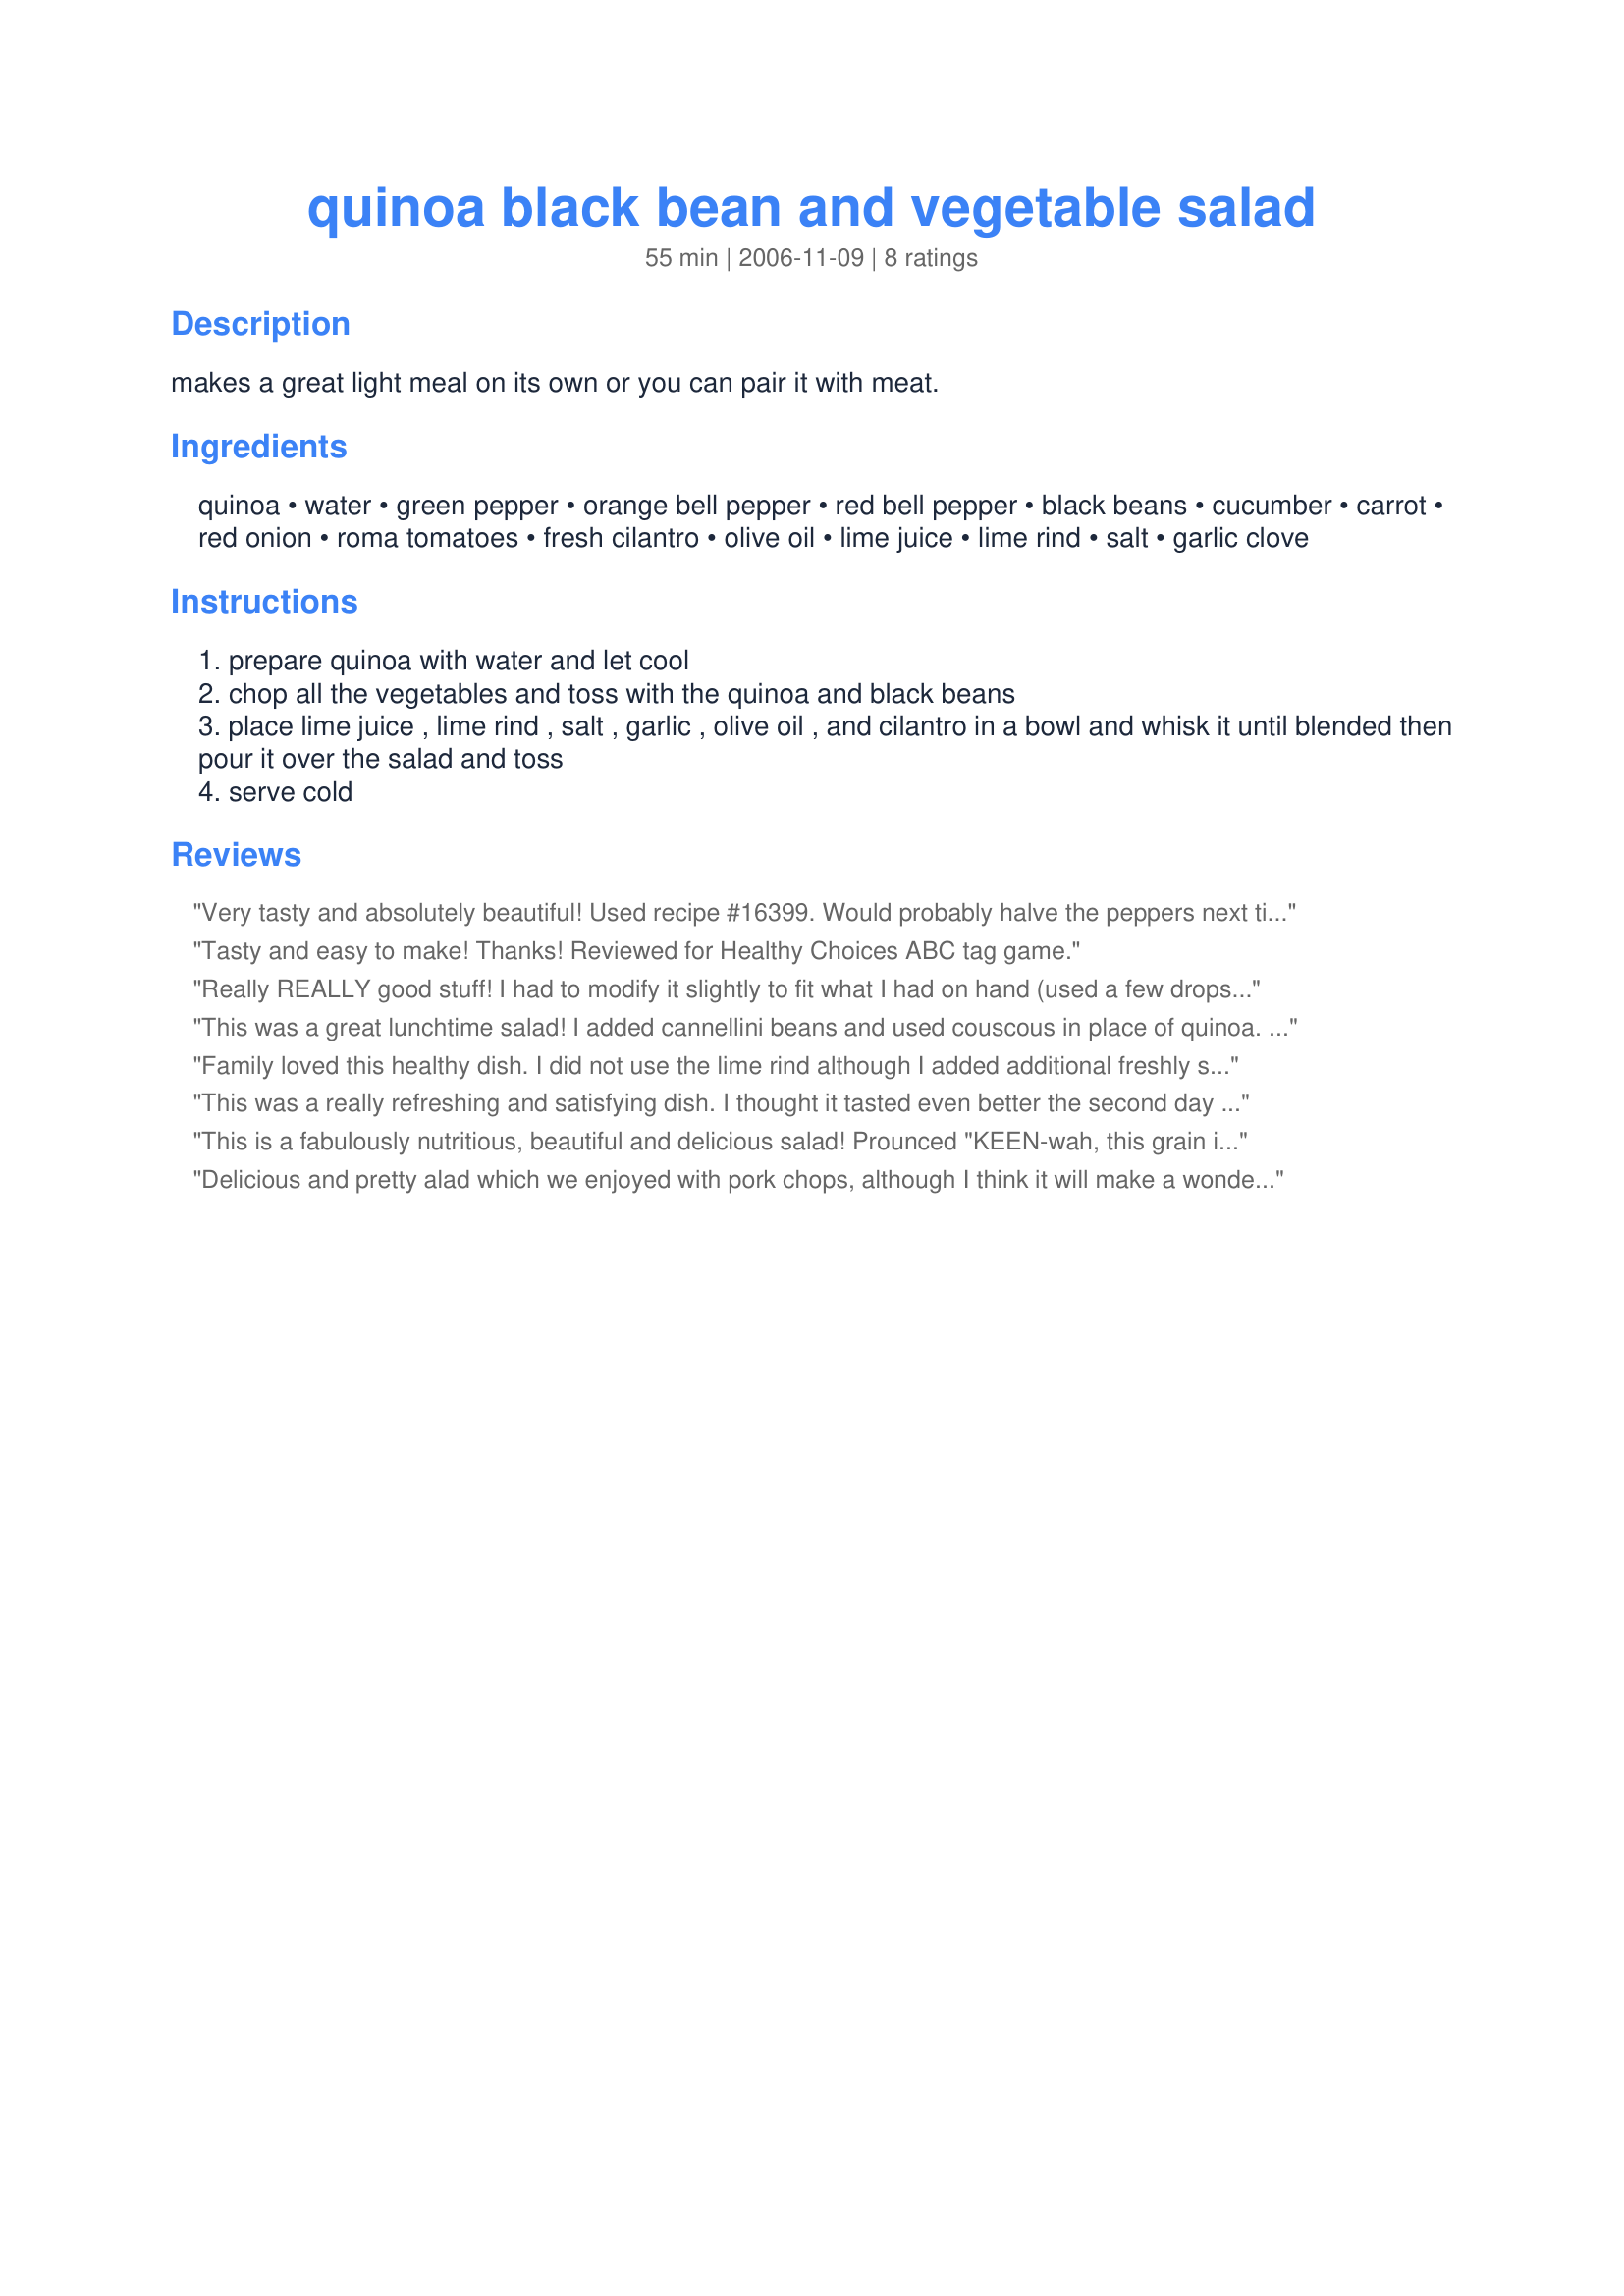
quinoa black bean and vegetable salad
Preparation time: 55 minutes

makes a great light meal on its own or you can pair it with meat.

Ingredients:
quinoa, water, green pepper, orange bell pepper, red bell pepper, black beans, cucumber, carrot, red onion, roma tomatoes, fresh cilantro, olive oil, lime juice, lime rind, salt, garlic clove

Steps:
prepare quinoa with water and let cool
chop all the vegetables and toss with the quinoa and black beans
place lime juice , lime rind , salt , garlic , olive oil , and cilantro in a bowl and whisk it until blended then pour it over the salad and toss
serve cold

Reviews:
Very tasty and absolutely beautiful! Used recipe #16399. Would probably halve the peppers next time and add a little more salt for my tastes. Thanks for sharing the recipe!
Tasty and easy to make! Thanks! Reviewed for Healthy Choices ABC tag game.
Really REALLY good stuff! I had to modify it slightly to fit what I had on hand (used a few drops of soy sauce with white vinegar to replace the lime juice), but it was so delicious anyway. Sent it to school with the kids for lunch, I&#039;m hoping they love it as much as I do!
This was a great lunchtime salad! I added cannellini beans and used couscous in place of quinoa. Light, healthy and yummy!
Family loved this healthy dish. I did not use the lime rind although I added additional freshly squeezed lemon too. I added a bit more garlic then called for and way less bell peppers, in fact just half a coloured pepper as I don't like them much especially green ones. In replacement of the cilantro I used parsly and I cooked my black beans from scratch. I put about a tsp brown sugar and a few shakes of balsamic vinegar into it all. I sliced baby carrots, which was better than full size grated I believe. It received a lot of raves, but my family tends to overdo that. If they were to rate it they would give it 5 stars. I am the one giving it 4 as I didn't think it was something so special that I would want to make it again.
This was a really refreshing and satisfying dish. I thought it tasted even better the second day when I packed it for lunch.
This is a fabulously nutritious, beautiful and delicious salad! Prounced "KEEN-wah, this grain is far more nutritious than couscous and has nine essential amino acids that make up a complete protein. It also has more calcium than milk, and is a great source of manganese, vitamin E, magnesium, phosphorous, iron and copper. Be sure to rinse the quinoa in a fine mesh strainer to remove the natural, bitter resinlike coating. This extra rinsing will remove the remaining powdery residue that is left after packaging. I vary this wonderful salad depending on what I have on hand, i.e. spinach, carrots, tomatoes, etc. I also like to add some Dijon mustard to the whisked ingredients. I loved your addition of black beans-- haven't tried that, YET. This recipe is extremely colorful and oh, yes, for those who have a gluten intolerance, you're home free!! It also stores beautifully in an air-tight container for a couple days in the frig, allowing these ingredient to marry. Thanks for posting such a healthy, beautiful AND DELICIOUS salad!. GET READY FOR SUMMER FRIENDS!
Delicious and pretty alad which we enjoyed with pork chops, although I think it will make a wonderful lunch all by itself. Thanks for sharing this keeper!
